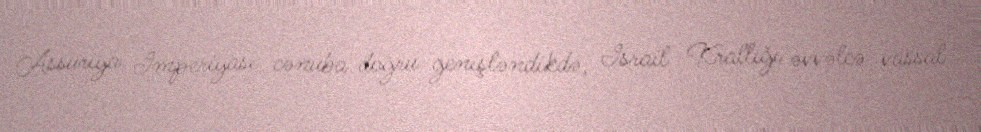
Assuriya İmperiyası cənuba doğru genişləndikdə, İsrail Krallığı əvvəlcə vassal